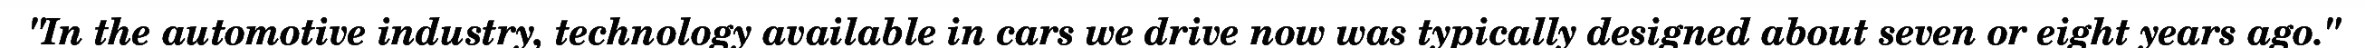
"In the automotive industry, technology available in cars we drive now was typically designed about seven or eight years ago."